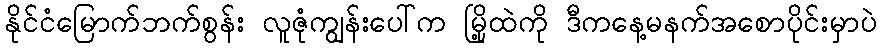
နိုင်ငံမြောက်ဘက်စွန်း လူဇုံကျွန်းပေါ်က မြို့ထဲကို ဒီကနေ့မနက်အစောပိုင်းမှာပဲ